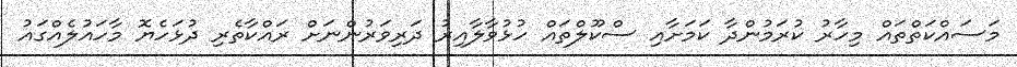
މަސައްކަތްތައް މިހާރު ކުރަމުންދާ ކަމަށާއި ސްކޫލްތައް ހުޅުވާލާއިރު ދަރިވަރުންނަށް ރައްކާތެރި ދުޅަހެޔޮ މާހައުލެއްގައު